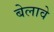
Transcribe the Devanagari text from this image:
बेलावे